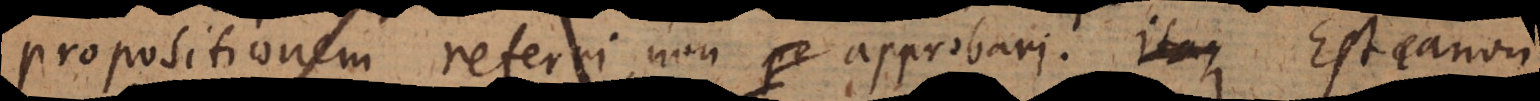
ropositionem referri, non approbari. Est canon